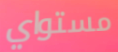
مستواي